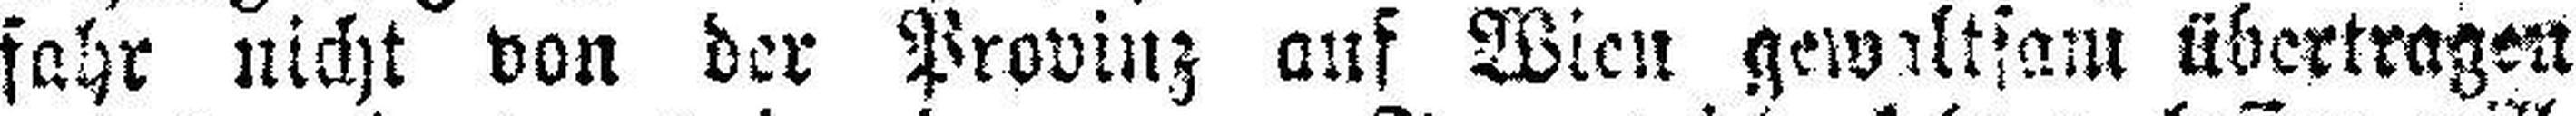
fahr nicht von der Provinz auf Wien gewaltsam übertragen